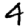
Digit: 4